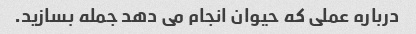
درباره عملی که حیوان انجام می دهد جمله بسازید.